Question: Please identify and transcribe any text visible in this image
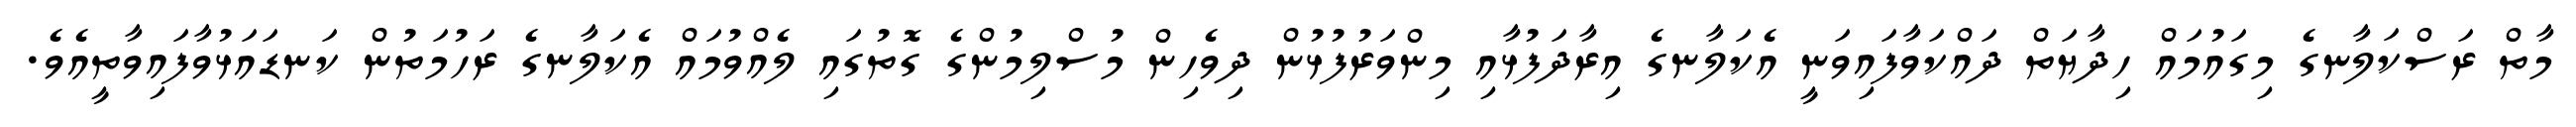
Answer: މާތް ރަސްކަލާނގެ މިގައުމައް ހިދާޔަތް ދައްކަވާފައިވަނީ އެކަލާނގެ އިރާދަފުޅާއި މިންވަރުފުޅުން ދިވެހިން މުސްލިމުންގެ ގޮތުގައި ލެއްވުމައް އެކަލާނގެ ރަހުމަތުން ކަނޑައަޅުވާފައިވާތީއެވެ.